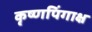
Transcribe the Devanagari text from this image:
कृष्णपिंगाक्ष